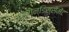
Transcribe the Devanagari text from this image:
अर्रोन्डिस्सेमेंट